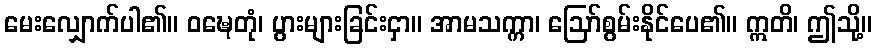
မေးလျှောက်ပါ၏။ ဝဍ္ဎေတုံ၊ ပွားများခြင်းငှာ။ အာမသက္ကာ၊ ဩော်စွမ်းနိုင်ပေ၏။ ဣတိ၊ ဤသို့။